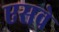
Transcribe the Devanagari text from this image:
एसवे